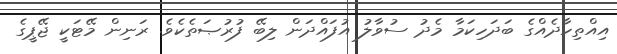
އިއްތިހާދެއްގެ ބަދަހިކަމާ މެދު ސުވާލު އުފައްދަން ލިބޭ ފުރުޞަތެކެވެ. ރަނިން މޭޓަކީ ޖޭޕީގެ